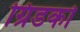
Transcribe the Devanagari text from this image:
ग्रिडको